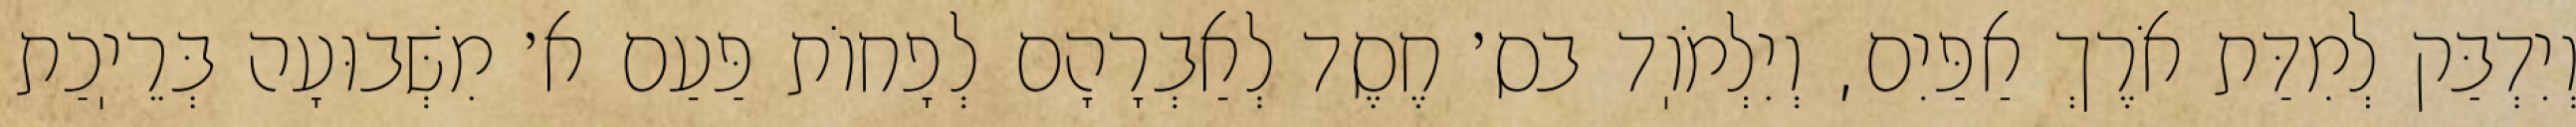
וְיִדְבַּק לְמִדַּת אֹרֶךְ אַפַּיִם, וְיִלְמֹוֽד בס׳ חֶסֶד לְאַבְרָהָם לְפָחוֹת פַּעַם א׳ מִשְּׁבוּעָה בְּרֵיֽכַת